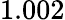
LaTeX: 1.002